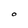
Character: O